Lunatic asylums Central Provinces reports 1895-1909 - 1895-1909
Year: 1895
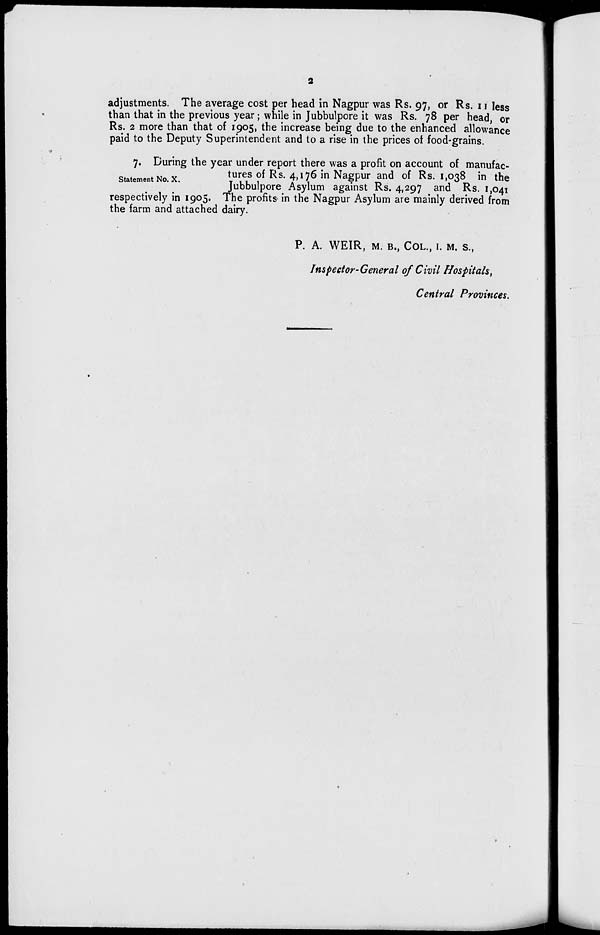
2
adjustments. The average cost per head in Nagpur was Rs. 97, or Rs. 11 less
than that in the previous year; while in Jubbulpore it was Rs. 78 per head, or
Rs. 2 more than that of 1905, the increase being due to the enhanced allowance
paid to the Deputy Superintendent and to a rise in the prices of food-grains.
Statement No. X.
7. During the year under report there was a profit on account of manufac-
tures of Rs. 4,176 in Nagpur and of Rs. 1,038 in the
Jubbulpore Asylum against Rs. 4,297 and Rs. 1,041
respectively in 1905. The profits in the Nagpur Asylum are mainly derived from
the farm and attached dairy.
P. A. WEIR, M. B., COL., I. M. S.,
Inspector-General of Civil Hospitals,
Central Provinces.